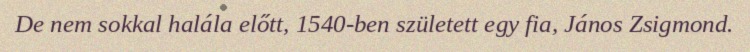
De nem sokkal halála előtt, 1540-ben született egy fia, János Zsigmond.